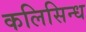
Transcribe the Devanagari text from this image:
कलिसिन्ध